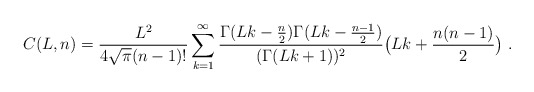
\begin{align*} C(L,n)=\frac{L^2}{4\sqrt{\pi} (n-1)!}\sum_{k=1}^\infty \frac{\Gamma(Lk-\frac n2) \Gamma(Lk-\frac {n-1}2)}{(\Gamma(Lk+1))^2} \bigl(Lk+\dfrac{n(n-1)}2\bigr)\ . \end{align*}